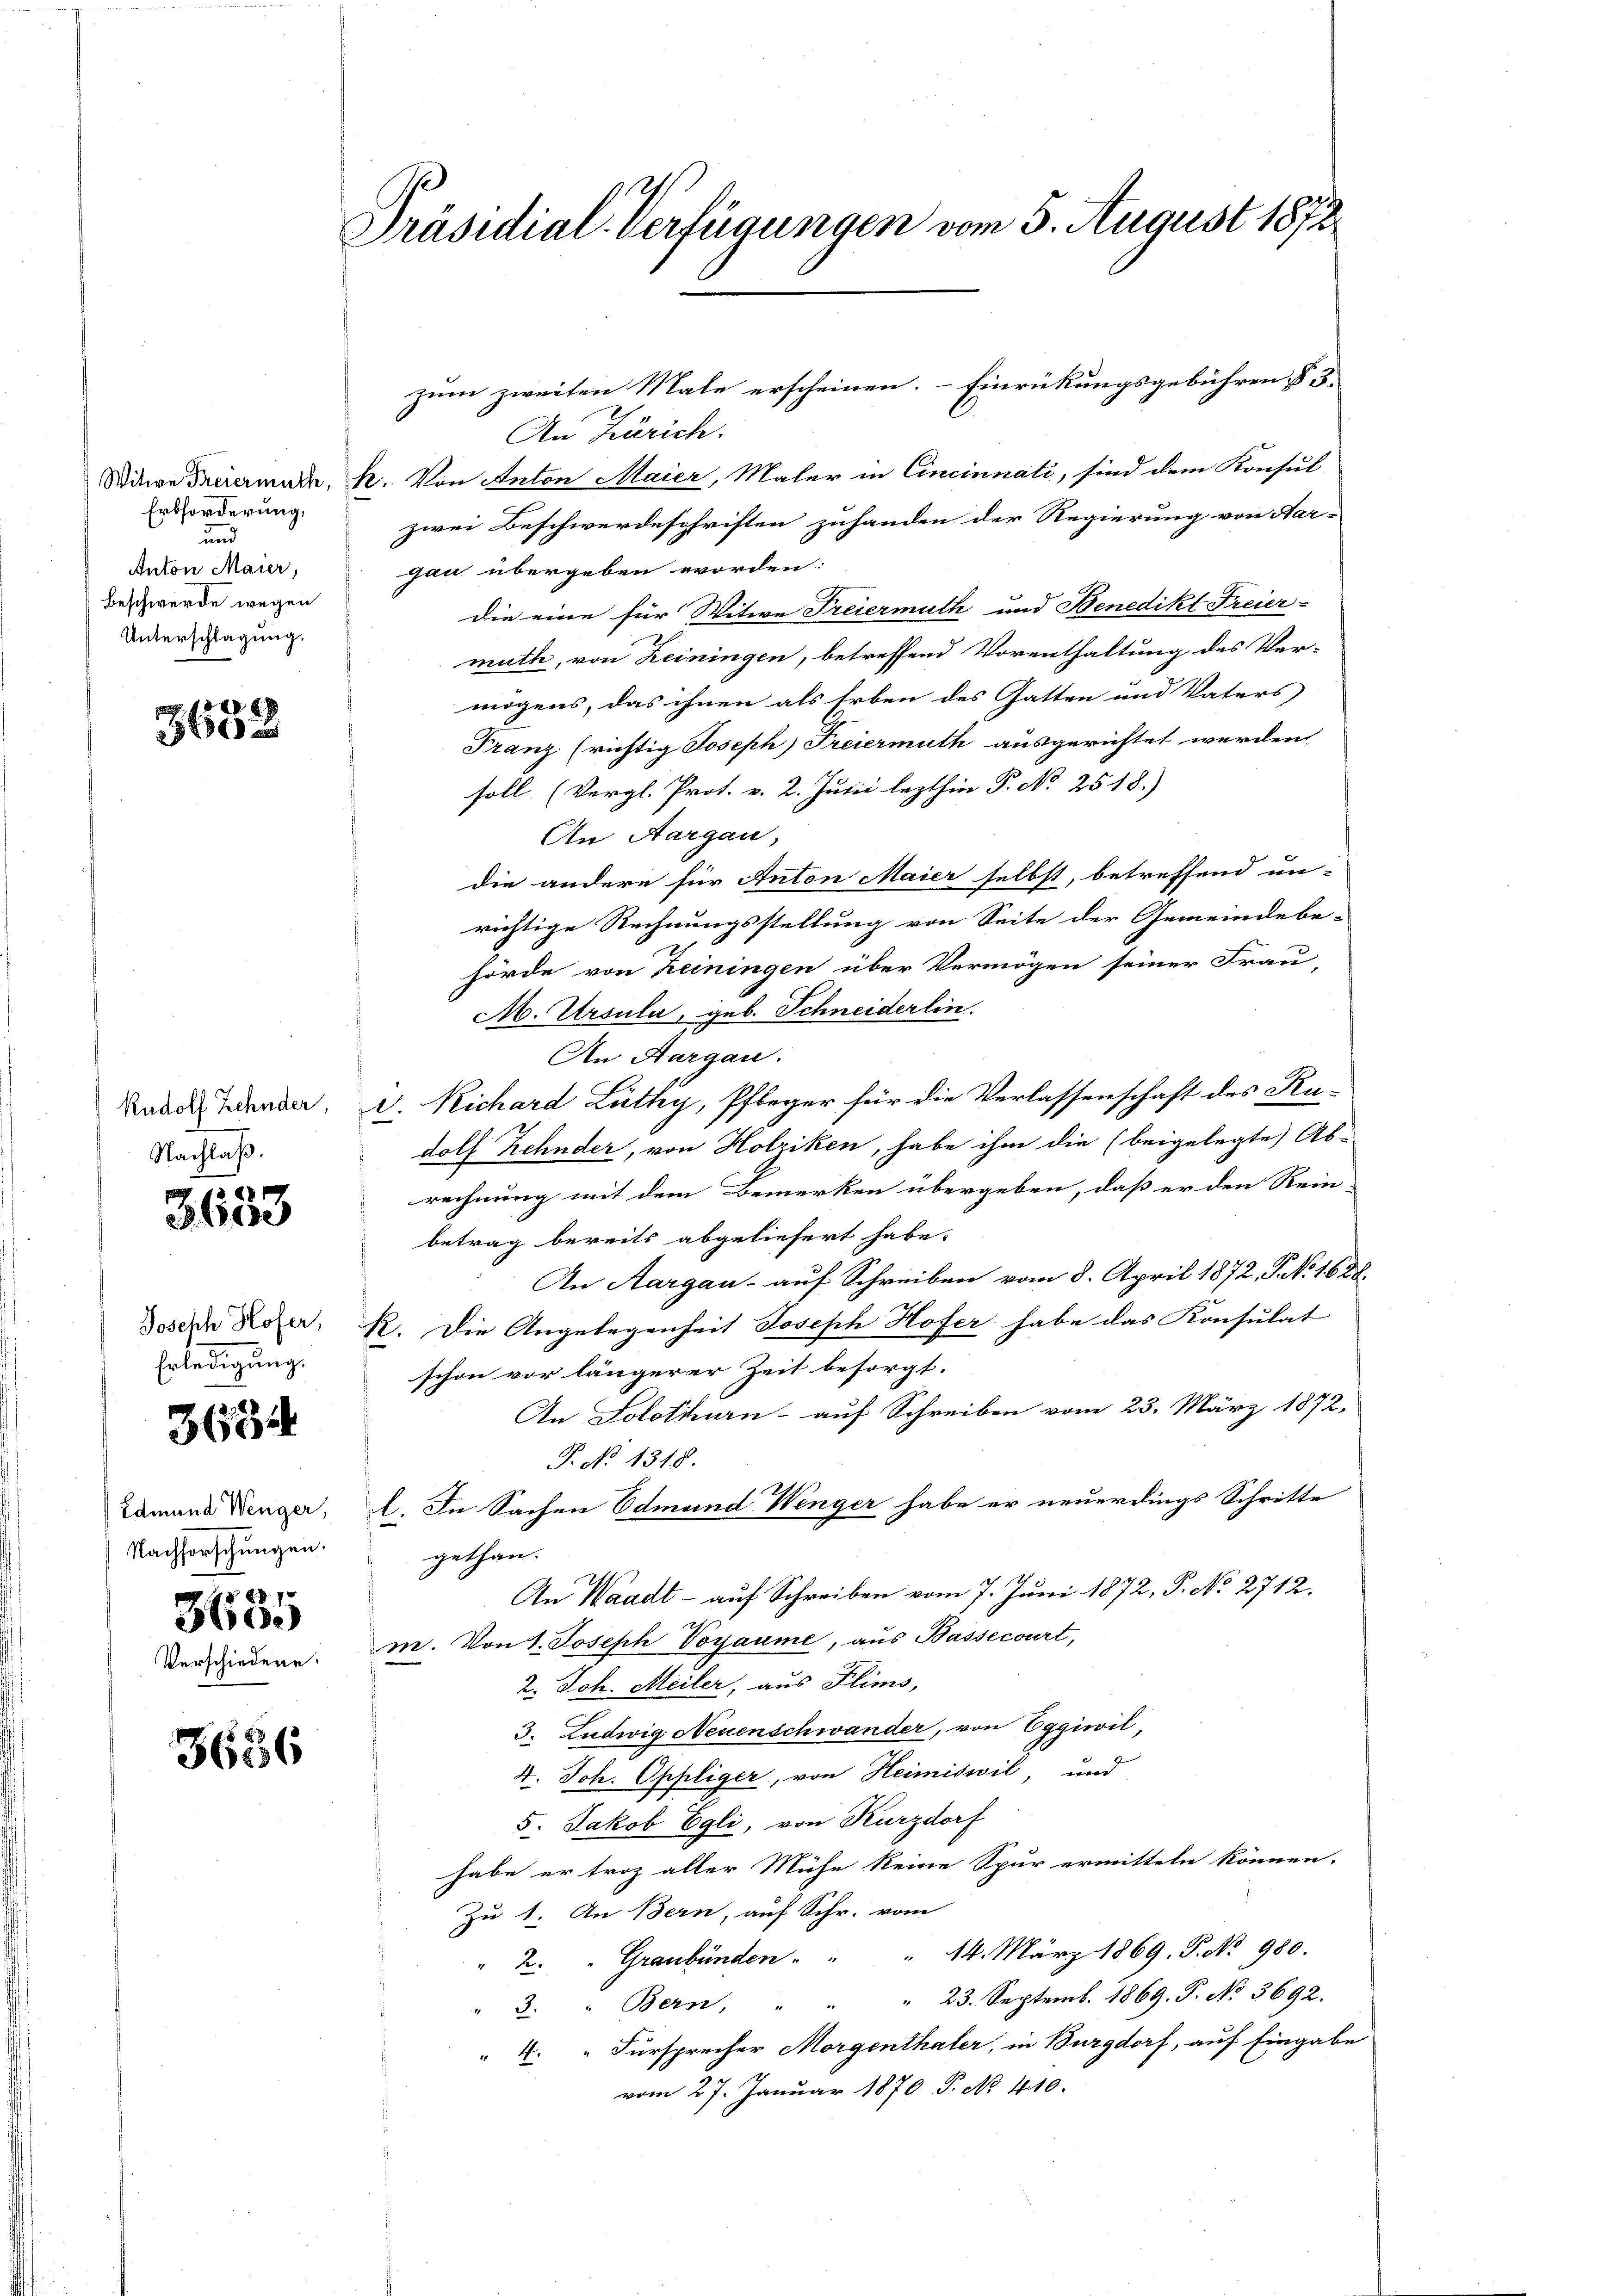
Erbforderung,
und
Anton Maier,
Beschwerde wegen
Unterschlagung.

8)
3632

Rudolf Zehnder,
Nachlaß.
2

Joseph Hofer,
Erledigung.

Edmund Wenger,
Nachforschungen.
10

Ve

3600

3684

360.

schiede

3656

Präsidial-Verfügungen vom 5. August 1872

zum zweiten Male erscheinen. Einrückungsgebühren § 3
An Zürich.
Witwe Freiermark, h. Von Anton Maier, Maler in Cincinnati, sind dem Konsul
zwei Beschwerdeschriften zuhanden der Regierung von Aar-
gau übergeben worden:
die eine für Witwe Freiermuth und Benedikt Freier-
muth, von Reiningen, betreffend Vorenthaltung des Ver-
mögens, das ihnen als Erben des Gatten und Vaters
Franz (richtig Joseph Freiermuth ausgerichtet werden
soll (Vergl. Prot. v. 2. Julii lezthin P. No 2518.)
An Aargau,
die andere für Anton Maier selbst, betreffend un-
richtige Rechnungsstellung von Seite der Gemeindebe-
hörde von heiningen über Vermögen seiner Frau-
M. Ursula, geb. Schneiderlin.
An Aargau.
V. Richard Lüthy, Pfleger für die Verlassenschaft des Kudolf Zehnder, von Holziken, habe ihm die (beigelegte Ab-
rechnung mit dem Bemerken übergeben, daß er den Rein-
betrag bereits abgeliefert habe.
An Aargau auf Schreiben vom 8. April 1872, P. N. 1628.
R. Die Angelegenheit Joseph Hofer habe das Konsulat
schon vor längerer Zeit besorgt.
An Solothurn - auf Schreiben vom 23. März 1872,
P. No 1318.
I. In Sachen Edmund Winger habe er neuerdings Schritte
gethan.
An Waadt - auf Schreiben vom 7. Juni 1872, P. No 2712.
m. Von 1. Joseph Voyaume, aus Bassecourt,
2. Joh. Meiler, aus Flims,
3. Ludwig Neuenschwander, von Eggiwil,
4. Joh. Oppliger, von Heimiswil, und
5. Jakob Egli, von Kurzdorf
habe er troz aller Mühe keine Spur ermitteln können.
Zu 1. An Bern, auf Schr. vom
"2. " Graubünden . . . 14. März 1869. P. No. 980.
3. " Bern, " " " 23. Septemb. 1869. P. No. 3692.
". " Fürsprecher Morgenthaler, in Burgdorf, auf Eingabe
vom 27. Januar 1870 P. No. 410.